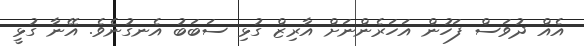
އެއް ދުވަސް ފަހުން އަހަރެންނަށް އާރިޒް ގުޅި ސަބަބު އެނގުނެވެ. އޭނާ ގުޅީ